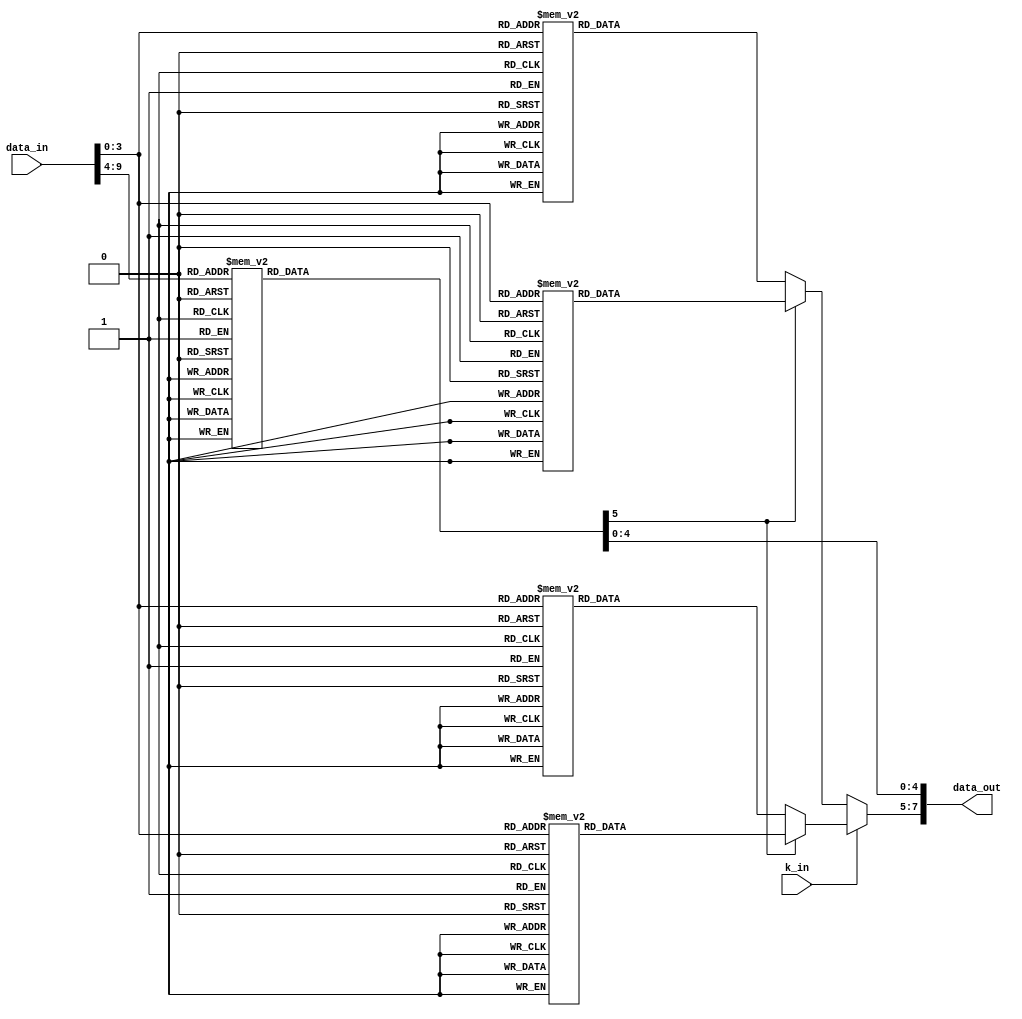
`timescale 1ns / 1ps
//////////////////////////////////////////////////////////////////////////////////
// Company: 
// Engineer: 
// 
// Design Name: 
// Module Name:    Decode_8Bto10B 
// Project Name: 
// Target Devices: 
// Tool versions: 
// Description: 
//
// Dependencies: 
//
// Revision: 
// Revision 0.01 - File Created
// Additional Comments: 
//
//////////////////////////////////////////////////////////////////////////////////
module Decode_8Bto10B(data_in,k_in,data_out);
  input [9:0]data_in;
  input k_in;
  output [7:0]data_out;
  reg rd_5bto6b;
  reg [4:0]lsb;
  reg [2:0]msb;
  reg [2:0]i;
  reg [7:0]data_out;
  initial
		begin
		case(data_in[9:4])
			6'b100111:
				begin
					lsb=5'b00000;
					rd_5bto6b=1;
				end
			6'b011000:
				begin
					lsb=5'b00000;
					rd_5bto6b=0;
				end
			6'b011101:
				begin
					lsb=5'b00001;
					rd_5bto6b=1;
				end
			6'b100010:
				begin
					lsb=5'b00001;
					rd_5bto6b=0;
				end
         6'b101101:
				begin
					lsb=5'b00010;
					rd_5bto6b=1;
				end
			6'b010010:
				begin
					lsb=5'b00010;
					rd_5bto6b=0;
				end
			6'b110001:
				begin
					lsb=5'b00011;
					rd_5bto6b=0;
				end
			6'b110101:
				begin
					lsb=5'b00100;
					rd_5bto6b=1;
				end
			6'b001010:
				begin
					lsb=5'b00100;
					rd_5bto6b=0;
				end
			6'b101001:
				begin
					lsb=5'b00101;
					rd_5bto6b=0;
				end
			6'b011001:
				begin
					lsb=5'b00110;
					rd_5bto6b=0;
				end
			6'b111000:
				begin
					lsb=5'b00111;
					rd_5bto6b=1;
				end
			6'b000111:
				begin
					lsb=5'b00111;
					rd_5bto6b=1;
				end
			6'b111001:
				begin
					lsb=5'b01000;
					rd_5bto6b=1;
				end
			6'b000110:
				begin
					lsb=5'b01000;
					rd_5bto6b=0;
				end
			6'b100101:
				begin
					lsb=5'b01001;
					rd_5bto6b=0;
				end
			6'b010101:
				begin
					lsb=5'b01010;
					rd_5bto6b=0;
				end
			6'b110100:
				begin
					lsb=5'b01011;
					rd_5bto6b=1;
				end
			6'b001101:
				begin
					lsb=5'b01100;
					rd_5bto6b=0;
				end
			6'b101100:
				begin
					lsb=5'b01101;
					rd_5bto6b=1;
				end
			6'b011100:
				begin
					lsb=5'b01110;
					rd_5bto6b=1;
				end
			6'b010111:
				begin
					lsb=5'b01111;
					rd_5bto6b=1;
				end
			6'b101000:
				begin
					lsb=5'b01111;
					rd_5bto6b=0;
				end
			6'b011011:
				begin
					lsb=5'b10000;
					rd_5bto6b=1;
				end
			6'b100100:
				begin
					lsb=5'b10000;
					rd_5bto6b=0;
				end
			6'b100011:
				begin
					lsb=5'b10001;
					rd_5bto6b=0;
				end
			6'b010011:
				begin
					lsb=5'b10010;
					rd_5bto6b=0;
				end
			6'b110010:
				begin
					lsb=5'b10011;
					rd_5bto6b=1;
				end
			6'b001011:
				begin
					lsb=5'b10100;
					rd_5bto6b=0;
				end
			6'b101010:
				begin
					lsb=5'b10101;
					rd_5bto6b=1;
				end
			6'b011010:
				begin
					lsb=5'b10110;
					rd_5bto6b=1;
				end
			6'b111010:
				begin
					lsb=5'b10111;
					rd_5bto6b=1;
				end
			6'b000101:
				begin
					lsb=5'b10111;
					rd_5bto6b=0;
				end
			6'b110011:
				begin
					lsb=5'b11000;
					rd_5bto6b=1;
				end
			6'b001100:
				begin
					lsb=5'b11000;
					rd_5bto6b=0;
				end
			6'b100110:
				begin
					lsb=5'b11001;
				   rd_5bto6b=1;
				end
			6'b010110:
				begin
					lsb=5'b11010;
					rd_5bto6b=1;
				end
			6'b110110:
				begin
					lsb=5'b11011;
					rd_5bto6b=1;
				end
			6'b001001:
				begin
					lsb=5'b11011;
					rd_5bto6b=0;
				end
			6'b001110:
				begin
					lsb=5'b11100;
					rd_5bto6b=1;
				end
			6'b101110:
				begin
					lsb=5'b11101;
					rd_5bto6b=1;
				end
			6'b010001:
				begin
					lsb=5'b11101;
					rd_5bto6b=0;
				end
			6'b011110:
				begin
					lsb=5'b11110;
					rd_5bto6b=1;
				end
			6'b100001:
				begin
					lsb=5'b11110;
					rd_5bto6b=0;
				end
			6'b101011:
				begin
					lsb=5'b11111;
					rd_5bto6b=1;
				end
			6'b010100:
				begin
					lsb=5'b11111;
					rd_5bto6b=0;
				end
			6'b001111:
				begin
					lsb=5'b11100;
					rd_5bto6b=1;
				end
			6'b110000:
				begin
					lsb=5'b11100;
					rd_5bto6b=0;
				end
			default:
				begin
					lsb=5'bXXXXX;
					rd_5bto6b=1'bX;
				end
		 endcase
		 
		   for(i=0;i<5;i=i+1)
				data_out[i]=lsb[i];
			
	   if(k_in)
			begin
				if(rd_5bto6b)
					case(data_in[3:0])
						4'b0100:
							msb=3'b000;
						4'b1001:
							msb=3'b001;
						4'b0101:
							msb=3'b010;
						4'b0011:
							msb=3'b011;
						4'b0010:
							msb=3'b100;
						4'b1010:
							msb=3'b101;
						4'b0110:
							msb=3'b110;
						4'b1000:
							msb=3'b111;
						default:
							msb=3'bXXX;
					endcase
				else
					case(data_in[3:0])
						4'b1011:
							msb=3'b000;
						4'b0110:
							msb=3'b001;
						4'b1010:
							msb=3'b010;
						4'b1100:
							msb=3'b011;
						4'b1101:
							msb=3'b100;
						4'b0101:
							msb=3'b101;
						4'b1001:
							msb=3'b110;
						4'b0111:
							msb=3'b111;
						default:
							msb=3'bXXX;
					endcase
			end
		else
			begin
			 if(rd_5bto6b)
					case(data_in[3:0])
						4'b0100:
							msb=3'b000;
						4'b1001:
							msb=3'b001;
						4'b0101:
							msb=3'b010;
						4'b0011:
							msb=3'b011;
						4'b0010:
							msb=3'b100;
						4'b1010:
							msb=3'b101;
						4'b0110:
							msb=3'b110;
						4'b0001:
							msb=3'b111;
						4'b1000:
							msb=3'b111;
						default:
							msb=3'bXXX;
					endcase
				else
					case(data_in[3:0])
						4'b1011:
							msb=3'b000;
						4'b1001:
							msb=3'b001;
						4'b0101:
							msb=3'b010;
						4'b1100:
							msb=3'b011;
						4'b1101:
							msb=3'b100;
						4'b1010:
							msb=3'b101;
						4'b0110:
							msb=3'b110;
						4'b1110:
							msb=3'b111;
						4'b0111:
							msb=3'b111;
						default:
							msb=3'bXXX;
					endcase
			 end
				
		   
			 for(i=0;i<3;i=i+1)
				data_out[i+5]=msb[i];
		end
		
endmodule



module testbench;

	reg[9:0]data_in;
	reg k_in;
	wire[7:0]data_out;
	
	Decode_8Bto10B  testbench(.data_in(),.k_in(k_in),.data_out(data_out));
	
	initial 
	begin
		data_in=10'b1100001001;
	   k_in=0;
	end
	
endmodule